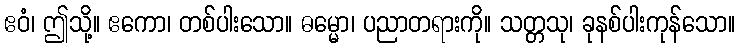
ဧဝံ၊ ဤသို့။ ဧကော၊ တစ်ပါးသော။ ဓမ္မော၊ ပညာတရားကို။ သတ္တသု၊ ခုနစ်ပါးကုန်သော။